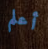
أعلم